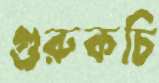
গুরুকচি